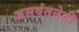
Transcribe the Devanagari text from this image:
जसवंतनेही